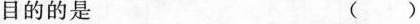
目的的是 ()